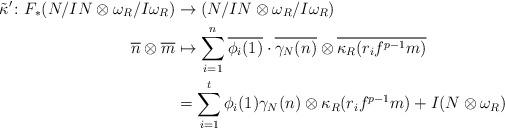
LaTeX: \begin{align*}\tilde{\kappa}'\colon F_*(N/IN \otimes \omega_R / I\omega_R) &\to (N/IN \otimes \omega_R / I\omega_R) \\\overline{n} \otimes \overline{m} &\mapsto \sum_{i=1}^n\overline{\phi_i(1)} \cdot \overline{\gamma_N(n)} \otimes \overline{\kappa_R(r_if^{p-1}m)} \\&= \sum_{i=1}^t\phi_i(1)\gamma_N(n) \otimes \kappa_R(r_if^{p-1}m) + I(N \otimes \omega_R)\end{align*}